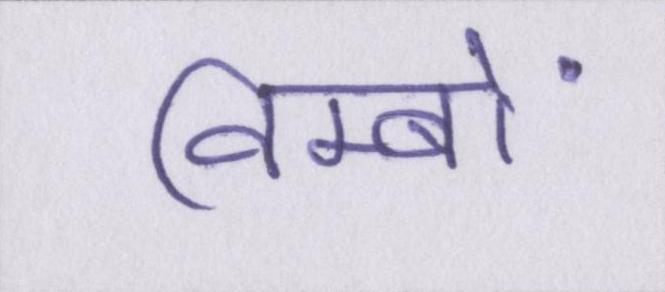
विम्बों